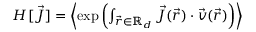
\begin{array} { r } { H [ \vec { J } ] = \left\langle \exp \left( \int _ { \vec { r } \in \mathbb { R } _ { d } } \vec { J } ( \vec { r } ) \cdot \vec { v } ( \vec { r } ) \right) \right\rangle } \end{array}